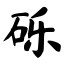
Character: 砾